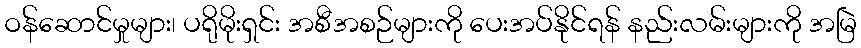
ဝန်ဆောင်မှုများ၊ ပရိုမိုးရှင်း အစီအစဉ်များကို ပေးအပ်နိုင်ရန် နည်းလမ်းများကို အမြဲ